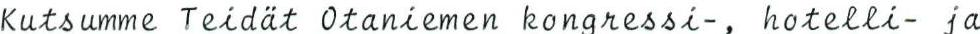
Kutsumme Teidät Otaniemen kongressi-, hotelli- ja